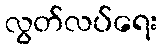
လွတ်လပ်ရေး